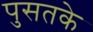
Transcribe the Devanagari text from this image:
पुसतके